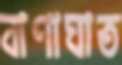
বাণাঘাত